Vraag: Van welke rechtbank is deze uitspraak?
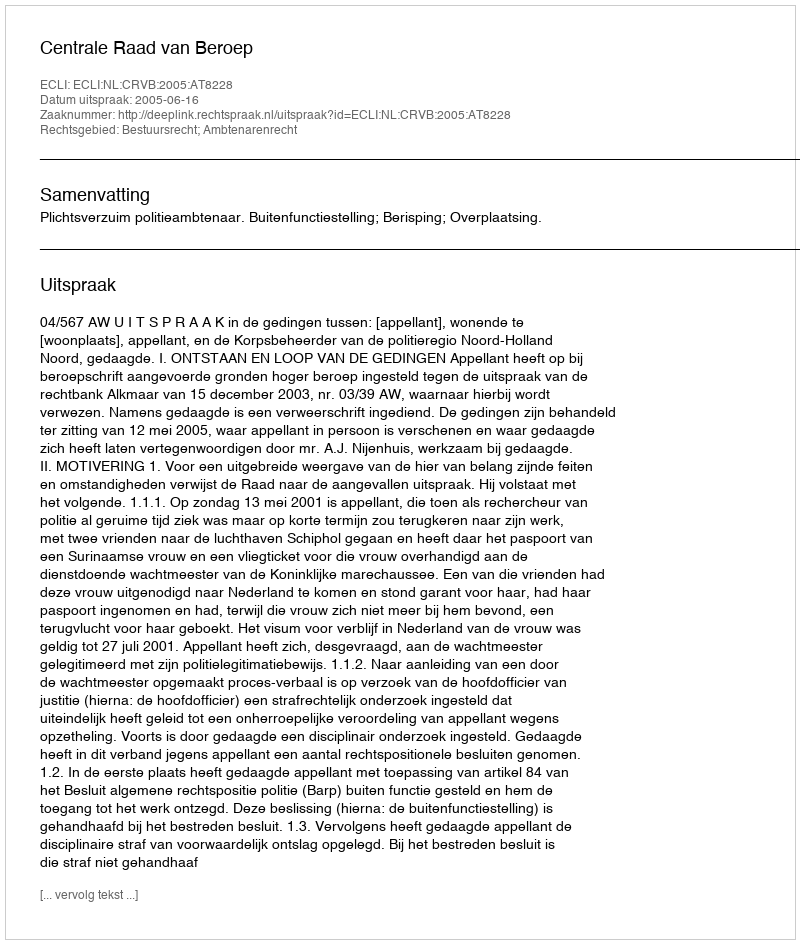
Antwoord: Centrale Raad van Beroep